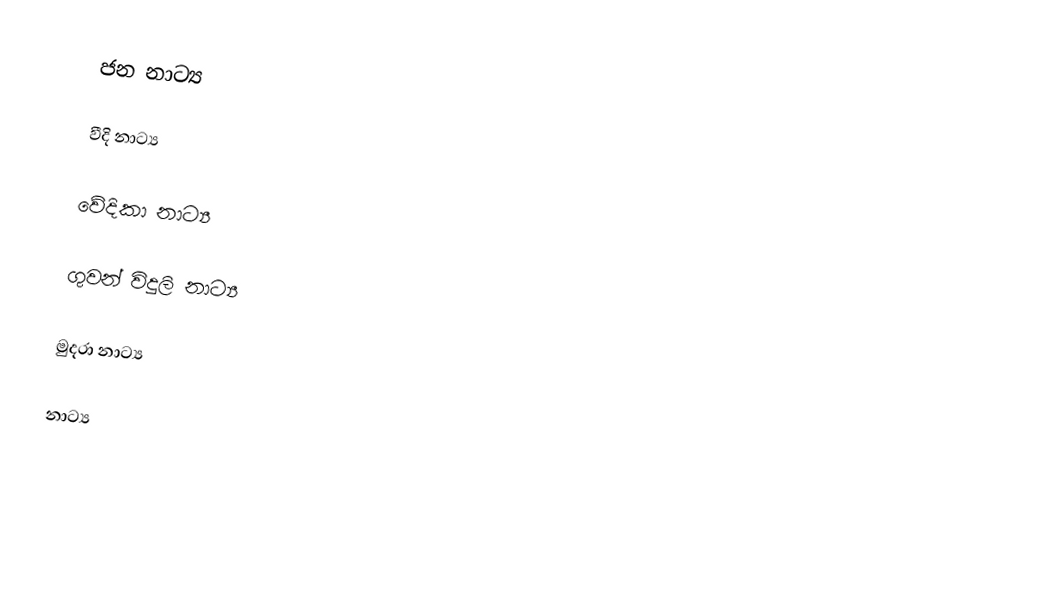
ජන නාට්‍ය

වීදි නාට්‍ය

වේදිකා නාට්‍ය

ගුවන් විදුලි නාට්‍ය

මුද‍්‍රා නාට්‍ය

නාට්‍ය